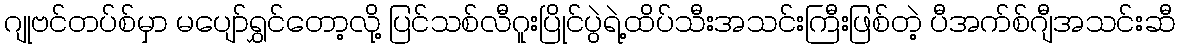
ဂျုဗင်တပ်စ်မှာ မပျော်ရွှင်တော့လို့ ပြင်သစ်လီဂူးပြိုင်ပွဲရဲ့ထိပ်သီးအသင်းကြီးဖြစ်တဲ့ ပီအက်စ်ဂျီအသင်းဆီ